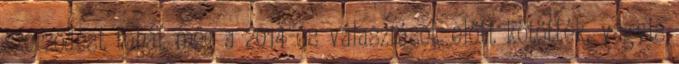
szerződést tehát még a 2014-es választások előtt kötötték, vagyis